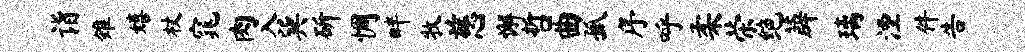
诣雉嬉杖窕肉入巽斫惆畔牧慈懈哲曲孤序呼柔荣绝薜璃湮件告